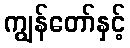
ကျွန်တော်နှင့်